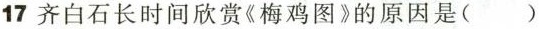
17 齐白石长时间欣赏《梅鸡图》的原因是（）